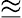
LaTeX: \approxeq